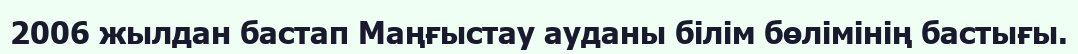
2006 жылдан бастап Маңғыстау ауданы білім бөлімінің бастығы.